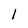
Character: 1